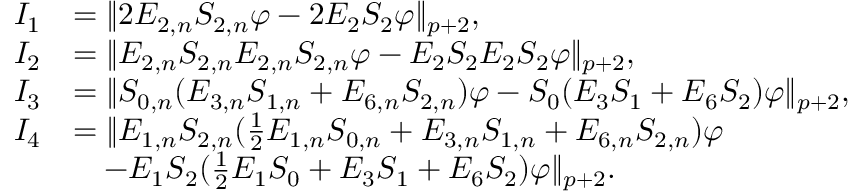
\begin{array} { r l } { I _ { 1 } } & { = \| 2 E _ { 2 , n } S _ { 2 , n } \varphi - 2 E _ { 2 } S _ { 2 } \varphi \| _ { p + 2 } , } \\ { I _ { 2 } } & { = \| E _ { 2 , n } S _ { 2 , n } E _ { 2 , n } S _ { 2 , n } \varphi - E _ { 2 } S _ { 2 } E _ { 2 } S _ { 2 } \varphi \| _ { p + 2 } , } \\ { I _ { 3 } } & { = \| S _ { 0 , n } ( E _ { 3 , n } S _ { 1 , n } + E _ { 6 , n } S _ { 2 , n } ) \varphi - S _ { 0 } ( E _ { 3 } S _ { 1 } + E _ { 6 } S _ { 2 } ) \varphi \| _ { p + 2 } , } \\ { I _ { 4 } } & { = \| E _ { 1 , n } S _ { 2 , n } ( \frac { 1 } { 2 } E _ { 1 , n } S _ { 0 , n } + E _ { 3 , n } S _ { 1 , n } + E _ { 6 , n } S _ { 2 , n } ) \varphi } \\ & { \quad - E _ { 1 } S _ { 2 } ( \frac { 1 } { 2 } E _ { 1 } S _ { 0 } + E _ { 3 } S _ { 1 } + E _ { 6 } S _ { 2 } ) \varphi \| _ { p + 2 } . } \end{array}